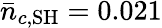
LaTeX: \bar{n}_{c,\mathrm{SH}}=0.021